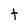
Character: t